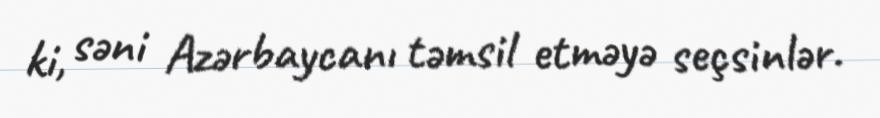
ki, səni Azərbaycanı təmsil etməyə seçsinlər.